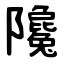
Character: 䧯